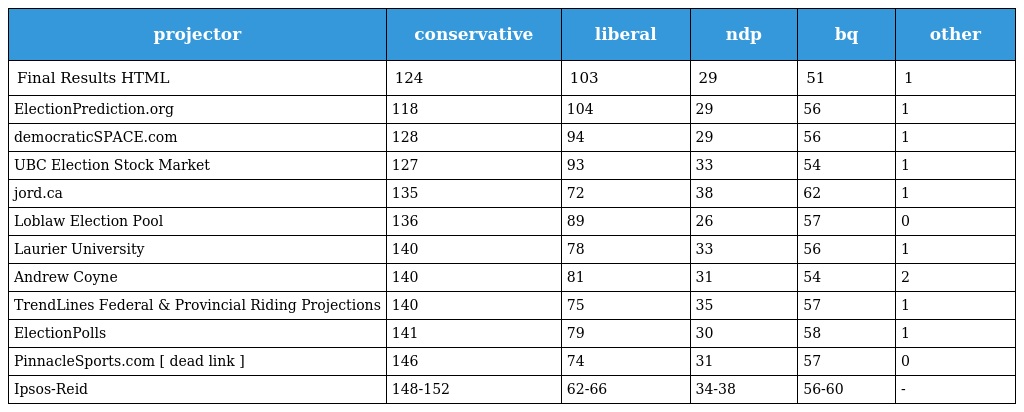
| projector | conservative | liberal | ndp | bq | other |
 | --- | --- | --- | --- | --- | --- |
 | Final Results HTML | 124 | 103 | 29 | 51 | 1 |
 | ElectionPrediction.org | 118 | 104 | 29 | 56 | 1 |
 | democraticSPACE.com | 128 | 94 | 29 | 56 | 1 |
 | UBC Election Stock Market | 127 | 93 | 33 | 54 | 1 |
 | jord.ca | 135 | 72 | 38 | 62 | 1 |
 | Loblaw Election Pool | 136 | 89 | 26 | 57 | 0 |
 | Laurier University | 140 | 78 | 33 | 56 | 1 |
 | Andrew Coyne | 140 | 81 | 31 | 54 | 2 |
 | TrendLines Federal & Provincial Riding Projections | 140 | 75 | 35 | 57 | 1 |
 | ElectionPolls | 141 | 79 | 30 | 58 | 1 |
 | PinnacleSports.com [ dead link ] | 146 | 74 | 31 | 57 | 0 |
 | Ipsos-Reid | 148-152 | 62-66 | 34-38 | 56-60 | - |